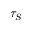
\tau _ { S }